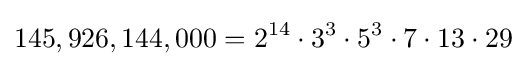
145,926,144,000=2^{14}\cdot 3^{3}\cdot 5^{3}\cdot 7\cdot 13\cdot 29